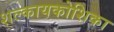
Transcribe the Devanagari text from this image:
शल्कायकोशिका